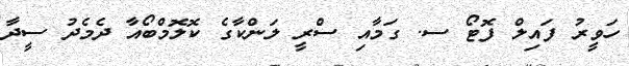
ހަވީރު ފައިލް ފޮޓޯ ސ. ގަމާއި ސްރީ ލަންކާގެ ކޮލޮމްބޯއާ ދެމެދު ސީދާ